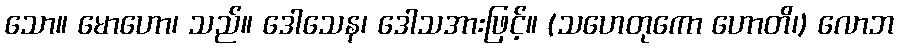
သော။ မောဟော၊ သည်။ ဒေါသေန၊ ဒေါသအားဖြင့်။ (သဟေတုကော ဟောတိ၊) လောဘ